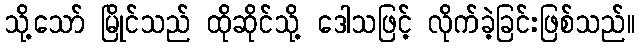
သို့သော် မြိုင်သည် ထိုဆိုင်သို့ ဒေါသဖြင့် လိုက်ခဲ့ခြင်းဖြစ်သည်။